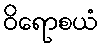
ဝိရောစယံ